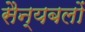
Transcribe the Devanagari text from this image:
सैन्यबलों